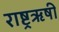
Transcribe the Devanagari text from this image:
राष्ट्रऋषी